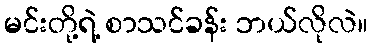
မင်းတို့ရဲ့ စာသင်ခန်း ဘယ်လိုလဲ။